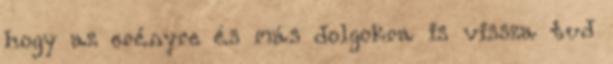
hogy az erényre és más dolgokra is vissza tud